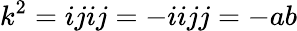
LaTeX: k^{2}=ijij=-iijj=-ab